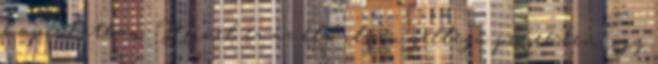
kapcsolatban. Mivel ez az első ilyen jellegű projektem, így